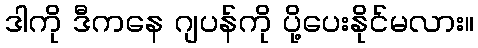
ဒါကို ဒီကနေ ဂျပန်ကို ပို့ပေးနိုင်မလား။